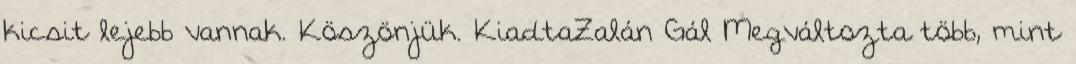
kicsit lejebb vannak. Köszönjük. KiadtaZalán Gál Megváltozta több, mint